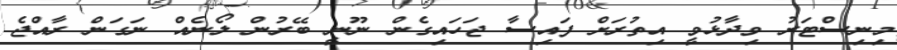
މިނިސްޓަރު ވިދާޅުވީ އިތުރަށް ފައިސާ ޖަހައިގެން ނޫނީ ބޭރުން ލޯނެއް ނަގަން ރާއްޖެ